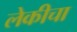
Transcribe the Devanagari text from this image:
लेकीचा